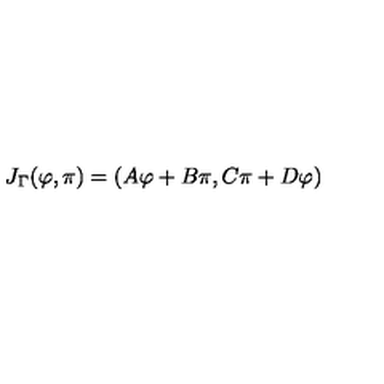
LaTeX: J _ { \Gamma } ( \varphi , \pi ) = ( A \varphi + B \pi , C \pi + D \varphi )